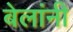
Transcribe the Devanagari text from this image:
बेलांनी